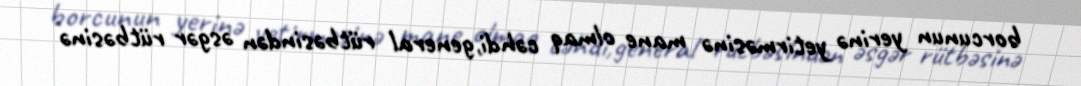
borcunun yerinə yetirməsinə mane olmaq cəhdi,general rütbəsindən əsgər rütbəsinə